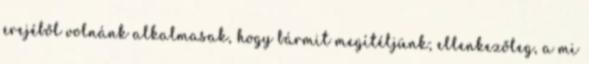
erejéből volnánk alkalmasak, hogy bármit megítéljünk; ellenkezőleg, a mi